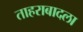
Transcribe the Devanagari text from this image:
ताहराबादला